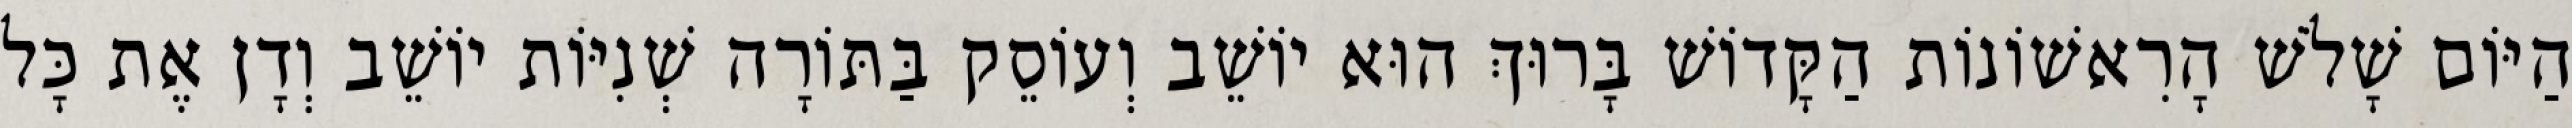
הַיּוֹם שָׁלֹשׁ הָרִאשׁוֹנוֹת הַקָּדוֹשׁ בָּרוּךְ הוּא יוֹשֵׁב וְעוֹסֵק בַּתּוֹרָה שְׁנִיּוֹת יוֹשֵׁב וְדָן אֶת כָּל